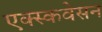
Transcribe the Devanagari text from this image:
एक्स्कवेसन